Report on the bubonic plague in Bombay, 1896-1897
Year: 1896
Disease focus: Plague
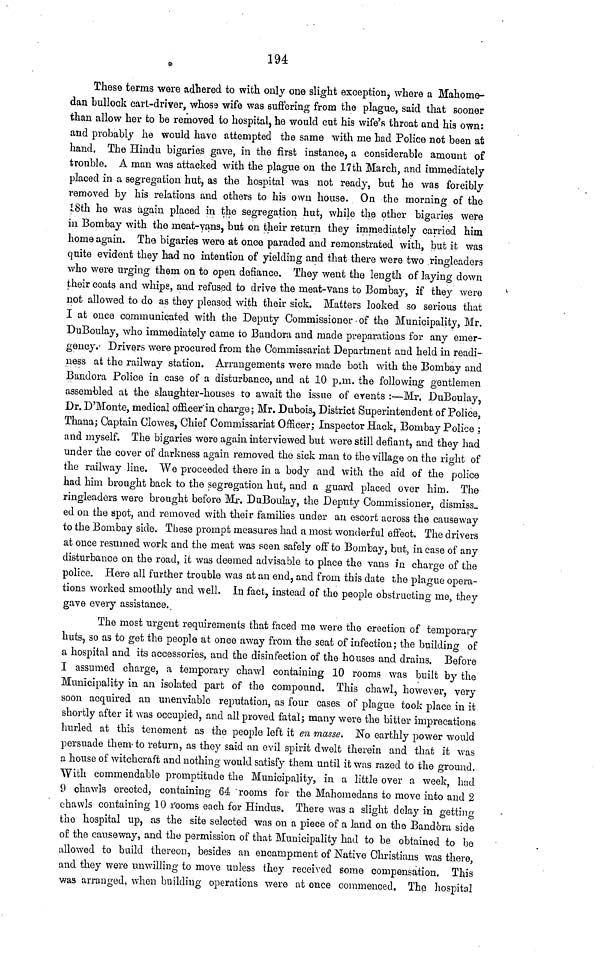
194
These terras were adhered to with only one slight exception, where a Mahome-
dan bullook cart-driver, whose wife was suffering from the plague, said that sooner
than allow her to be removed to hospital, he would cut his wife's throat and his own:
and probably he would have attempted the same with me had Police not been at
hand. The Hindu bigaries gave, in the first instance, a considerable amount of
trouble. A man was attacked with the plague on the 17th March, and immediately
placed in a segregation hut, as the hospital was not ready, but he was forcibly
removed by his relations and others to his own house. On the morning of the
18th he was again placed in the segregation hut, while the other bigaries were
in Bombay with the meat-vans, but on their return they immediately carried him
home again. The bigaries were at once paraded and remonstrated with, but it was
quite evident they had no intention of yielding and that there were two ringleaders
who were urging them on to open defiance. They went the length of laying down
their coats and whips, and refused to drive the meat-vans to Bombay, if they were
not allowed to do as they pleased with their sick. Matters looked so serious that
I at once communicated with the Deputy Commissioner of the Municipality, Mr.
DuBoulay, who immediately came to Bandora and made preparations for any emer-
gency. Drivers were procured from the Commissariat Department and held in readi-
ness at the railway station. Arrangements were made both with the Bombay and
Bandora Police in case of a disturbance, and at 10 p.m. the following gentlemen
assembled at the slaughter-houses to await the issue of events :—Mr. DuBoulay,
Dr. D'Monte, medical officer in charge; Mr. Dubois, District Superintendent of Police,
Thana; Captain Clowes, Chief Commissariat Officer; Inspector Hack, Bombay Police ;
and myself. The bigaries were again, interviewed but were still defiant, and they had
under the cover of darkness again removed the sick man to the village on the right of
the railway line. We proceeded there in a body and with the aid of the police
had him brought back to the segregation hut, and a guard placed over him. The
ringleaders were brought before Mr. DuBoulay, the Deputy Commissioner, dismiss-
ed on the spot, and removed with their families under an escort across the causeway
to the Bombay side. These prompt measures had a most wonderful effect. The drivers
at once resumed work and the meat was seen safely off to Bombay, but, in case of any
disturbance on the road, it was deemed advisable to place the vans in charge of the
police. Here all further trouble was at an end, and from this date the plague opera-
tions worked smoothly and well. In fact, instead of the people obstructing me, they
gave every assistance.
The most urgent requirements that faced me were the erection of temporary
huts, so as to get the people at once away from the seat of infection; the building of
a hospital and its accessories, and the disinfection of the houses and drains. Before
I assumed charge, a temporary chawl containing 10 rooms was built by the
Municipality in an isolated part of the compound. This chawl, however, very
soon acquired an unenviable reputation, as four cases of plague took place in it
shortly after it was occupied, and all proved fatal; many were the bitter imprecations
hurled at this tenement as the people left it en masse. No earthly power would
persuade them to return, as they said an evil spirit dwelt therein and that it was
a house of witchcraft and nothing would satisfy them until it was razed to the ground.
With commendable promptitude the Municipality, in a little over a week, had
9 chawls erected, containing 64 rooms for the Mahomedans to move into and 2
chawls containing 10 rooms each for Hindus. There was a slight delay in getting
the hospital up, as the site selected was on a piece of a land on the Bandora side
of the causeway, and the permission of that Municipality had to be obtained to be
allowed to build thereon, besides an encampment of Native Christians was there,
and they were unwilling to move unless they received some compensation. This
was arranged, when building operations were at once commenced. The hospital